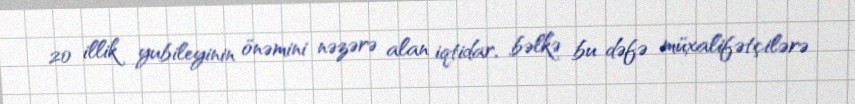
20 illik yubileyinin önəmini nəzərə alan iqtidar, bəlkə bu dəfə müxalifətçilərə